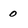
Character: 0